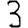
Digit: 3